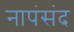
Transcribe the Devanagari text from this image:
नापंसंद